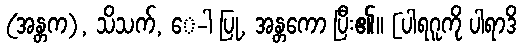
(အန္တက), သိသက်, ေ-ါ ပြု, အန္တကော ပြီး၏။ [ပါရဂူကို ပါရာဒိ